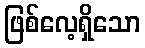
ဖြစ်လေ့ရှိသော